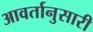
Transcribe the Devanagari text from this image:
आवर्तानुसारी